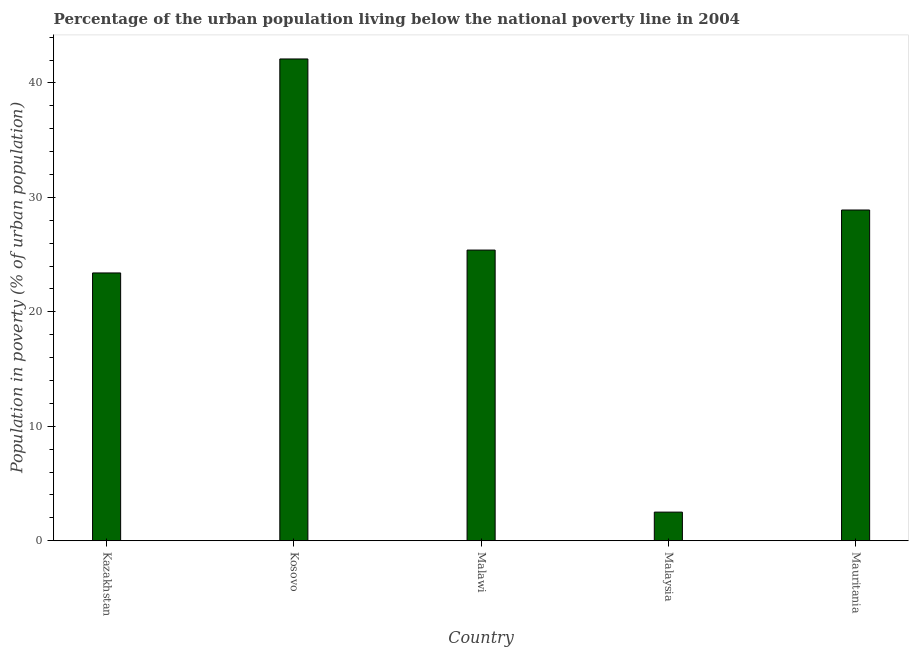
| Country | Urban poverty headcount ratio |
 | --- | --- |
 | Kazakhstan | 23.4 |
 | Kosovo | 42.1 |
 | Malawi | 25.4 |
 | Malaysia | 2.5 |
 | Mauritania | 28.9 |